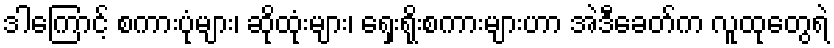
ဒါကြောင့် စကားပုံများ၊ ဆိုထုံးများ၊ ရှေးရိုးစကားများဟာ အဲဒီခေတ်က လူထုတွေရဲ